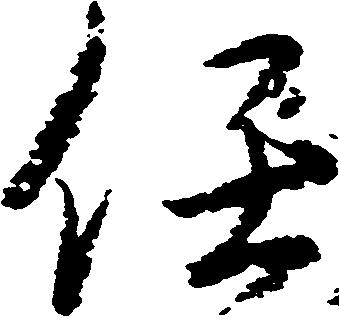
任